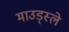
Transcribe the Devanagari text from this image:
माउड्स्ले